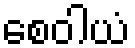
စေဝါယံ